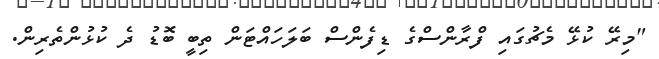
"މިރޭ ކުޅޭ މެޗުގައި ފްރާންސްގެ ޑިފެންސް ބަލަހައްޓަން ތިބީ ބޮޑު ދެ ކުޅުންތެރިން.